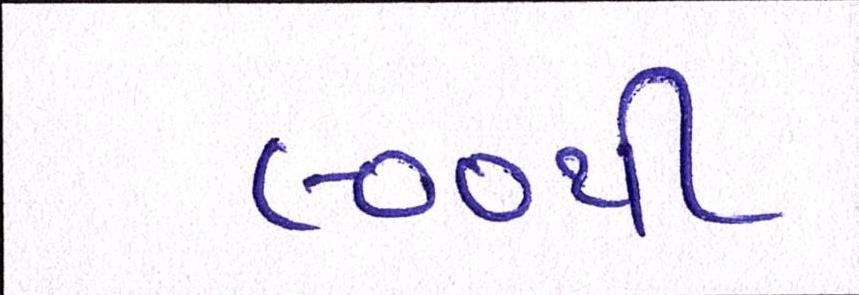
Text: ૯૦૦થી